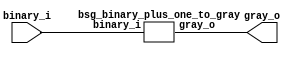


module top
(
  binary_i,
  gray_o
);

  input [63:0] binary_i;
  output [63:0] gray_o;

  bsg_binary_plus_one_to_gray
  wrapper
  (
    .binary_i(binary_i),
    .gray_o(gray_o)
  );


endmodule



module bsg_scan_width_p64_and_p1_lo_to_hi_p1
(
  i,
  o
);

  input [63:0] i;
  output [63:0] o;
  wire [63:0] o;
  wire t_5__63_,t_5__62_,t_5__61_,t_5__60_,t_5__59_,t_5__58_,t_5__57_,t_5__56_,
  t_5__55_,t_5__54_,t_5__53_,t_5__52_,t_5__51_,t_5__50_,t_5__49_,t_5__48_,t_5__47_,
  t_5__46_,t_5__45_,t_5__44_,t_5__43_,t_5__42_,t_5__41_,t_5__40_,t_5__39_,t_5__38_,
  t_5__37_,t_5__36_,t_5__35_,t_5__34_,t_5__33_,t_5__32_,t_5__31_,t_5__30_,t_5__29_,
  t_5__28_,t_5__27_,t_5__26_,t_5__25_,t_5__24_,t_5__23_,t_5__22_,t_5__21_,t_5__20_,
  t_5__19_,t_5__18_,t_5__17_,t_5__16_,t_5__15_,t_5__14_,t_5__13_,t_5__12_,t_5__11_,
  t_5__10_,t_5__9_,t_5__8_,t_5__7_,t_5__6_,t_5__5_,t_5__4_,t_5__3_,t_5__2_,t_5__1_,
  t_5__0_,t_4__63_,t_4__62_,t_4__61_,t_4__60_,t_4__59_,t_4__58_,t_4__57_,t_4__56_,
  t_4__55_,t_4__54_,t_4__53_,t_4__52_,t_4__51_,t_4__50_,t_4__49_,t_4__48_,t_4__47_,
  t_4__46_,t_4__45_,t_4__44_,t_4__43_,t_4__42_,t_4__41_,t_4__40_,t_4__39_,t_4__38_,
  t_4__37_,t_4__36_,t_4__35_,t_4__34_,t_4__33_,t_4__32_,t_4__31_,t_4__30_,
  t_4__29_,t_4__28_,t_4__27_,t_4__26_,t_4__25_,t_4__24_,t_4__23_,t_4__22_,t_4__21_,
  t_4__20_,t_4__19_,t_4__18_,t_4__17_,t_4__16_,t_4__15_,t_4__14_,t_4__13_,t_4__12_,
  t_4__11_,t_4__10_,t_4__9_,t_4__8_,t_4__7_,t_4__6_,t_4__5_,t_4__4_,t_4__3_,t_4__2_,
  t_4__1_,t_4__0_,t_3__63_,t_3__62_,t_3__61_,t_3__60_,t_3__59_,t_3__58_,t_3__57_,
  t_3__56_,t_3__55_,t_3__54_,t_3__53_,t_3__52_,t_3__51_,t_3__50_,t_3__49_,t_3__48_,
  t_3__47_,t_3__46_,t_3__45_,t_3__44_,t_3__43_,t_3__42_,t_3__41_,t_3__40_,t_3__39_,
  t_3__38_,t_3__37_,t_3__36_,t_3__35_,t_3__34_,t_3__33_,t_3__32_,t_3__31_,t_3__30_,
  t_3__29_,t_3__28_,t_3__27_,t_3__26_,t_3__25_,t_3__24_,t_3__23_,t_3__22_,t_3__21_,
  t_3__20_,t_3__19_,t_3__18_,t_3__17_,t_3__16_,t_3__15_,t_3__14_,t_3__13_,t_3__12_,
  t_3__11_,t_3__10_,t_3__9_,t_3__8_,t_3__7_,t_3__6_,t_3__5_,t_3__4_,t_3__3_,
  t_3__2_,t_3__1_,t_3__0_,t_2__63_,t_2__62_,t_2__61_,t_2__60_,t_2__59_,t_2__58_,
  t_2__57_,t_2__56_,t_2__55_,t_2__54_,t_2__53_,t_2__52_,t_2__51_,t_2__50_,t_2__49_,
  t_2__48_,t_2__47_,t_2__46_,t_2__45_,t_2__44_,t_2__43_,t_2__42_,t_2__41_,t_2__40_,
  t_2__39_,t_2__38_,t_2__37_,t_2__36_,t_2__35_,t_2__34_,t_2__33_,t_2__32_,t_2__31_,
  t_2__30_,t_2__29_,t_2__28_,t_2__27_,t_2__26_,t_2__25_,t_2__24_,t_2__23_,t_2__22_,
  t_2__21_,t_2__20_,t_2__19_,t_2__18_,t_2__17_,t_2__16_,t_2__15_,t_2__14_,t_2__13_,
  t_2__12_,t_2__11_,t_2__10_,t_2__9_,t_2__8_,t_2__7_,t_2__6_,t_2__5_,t_2__4_,t_2__3_,
  t_2__2_,t_2__1_,t_2__0_,t_1__63_,t_1__62_,t_1__61_,t_1__60_,t_1__59_,t_1__58_,
  t_1__57_,t_1__56_,t_1__55_,t_1__54_,t_1__53_,t_1__52_,t_1__51_,t_1__50_,t_1__49_,
  t_1__48_,t_1__47_,t_1__46_,t_1__45_,t_1__44_,t_1__43_,t_1__42_,t_1__41_,t_1__40_,
  t_1__39_,t_1__38_,t_1__37_,t_1__36_,t_1__35_,t_1__34_,t_1__33_,t_1__32_,
  t_1__31_,t_1__30_,t_1__29_,t_1__28_,t_1__27_,t_1__26_,t_1__25_,t_1__24_,t_1__23_,
  t_1__22_,t_1__21_,t_1__20_,t_1__19_,t_1__18_,t_1__17_,t_1__16_,t_1__15_,t_1__14_,
  t_1__13_,t_1__12_,t_1__11_,t_1__10_,t_1__9_,t_1__8_,t_1__7_,t_1__6_,t_1__5_,t_1__4_,
  t_1__3_,t_1__2_,t_1__1_,t_1__0_;
  assign t_1__63_ = i[0] & 1'b1;
  assign t_1__62_ = i[1] & i[0];
  assign t_1__61_ = i[2] & i[1];
  assign t_1__60_ = i[3] & i[2];
  assign t_1__59_ = i[4] & i[3];
  assign t_1__58_ = i[5] & i[4];
  assign t_1__57_ = i[6] & i[5];
  assign t_1__56_ = i[7] & i[6];
  assign t_1__55_ = i[8] & i[7];
  assign t_1__54_ = i[9] & i[8];
  assign t_1__53_ = i[10] & i[9];
  assign t_1__52_ = i[11] & i[10];
  assign t_1__51_ = i[12] & i[11];
  assign t_1__50_ = i[13] & i[12];
  assign t_1__49_ = i[14] & i[13];
  assign t_1__48_ = i[15] & i[14];
  assign t_1__47_ = i[16] & i[15];
  assign t_1__46_ = i[17] & i[16];
  assign t_1__45_ = i[18] & i[17];
  assign t_1__44_ = i[19] & i[18];
  assign t_1__43_ = i[20] & i[19];
  assign t_1__42_ = i[21] & i[20];
  assign t_1__41_ = i[22] & i[21];
  assign t_1__40_ = i[23] & i[22];
  assign t_1__39_ = i[24] & i[23];
  assign t_1__38_ = i[25] & i[24];
  assign t_1__37_ = i[26] & i[25];
  assign t_1__36_ = i[27] & i[26];
  assign t_1__35_ = i[28] & i[27];
  assign t_1__34_ = i[29] & i[28];
  assign t_1__33_ = i[30] & i[29];
  assign t_1__32_ = i[31] & i[30];
  assign t_1__31_ = i[32] & i[31];
  assign t_1__30_ = i[33] & i[32];
  assign t_1__29_ = i[34] & i[33];
  assign t_1__28_ = i[35] & i[34];
  assign t_1__27_ = i[36] & i[35];
  assign t_1__26_ = i[37] & i[36];
  assign t_1__25_ = i[38] & i[37];
  assign t_1__24_ = i[39] & i[38];
  assign t_1__23_ = i[40] & i[39];
  assign t_1__22_ = i[41] & i[40];
  assign t_1__21_ = i[42] & i[41];
  assign t_1__20_ = i[43] & i[42];
  assign t_1__19_ = i[44] & i[43];
  assign t_1__18_ = i[45] & i[44];
  assign t_1__17_ = i[46] & i[45];
  assign t_1__16_ = i[47] & i[46];
  assign t_1__15_ = i[48] & i[47];
  assign t_1__14_ = i[49] & i[48];
  assign t_1__13_ = i[50] & i[49];
  assign t_1__12_ = i[51] & i[50];
  assign t_1__11_ = i[52] & i[51];
  assign t_1__10_ = i[53] & i[52];
  assign t_1__9_ = i[54] & i[53];
  assign t_1__8_ = i[55] & i[54];
  assign t_1__7_ = i[56] & i[55];
  assign t_1__6_ = i[57] & i[56];
  assign t_1__5_ = i[58] & i[57];
  assign t_1__4_ = i[59] & i[58];
  assign t_1__3_ = i[60] & i[59];
  assign t_1__2_ = i[61] & i[60];
  assign t_1__1_ = i[62] & i[61];
  assign t_1__0_ = i[63] & i[62];
  assign t_2__63_ = t_1__63_ & 1'b1;
  assign t_2__62_ = t_1__62_ & 1'b1;
  assign t_2__61_ = t_1__61_ & t_1__63_;
  assign t_2__60_ = t_1__60_ & t_1__62_;
  assign t_2__59_ = t_1__59_ & t_1__61_;
  assign t_2__58_ = t_1__58_ & t_1__60_;
  assign t_2__57_ = t_1__57_ & t_1__59_;
  assign t_2__56_ = t_1__56_ & t_1__58_;
  assign t_2__55_ = t_1__55_ & t_1__57_;
  assign t_2__54_ = t_1__54_ & t_1__56_;
  assign t_2__53_ = t_1__53_ & t_1__55_;
  assign t_2__52_ = t_1__52_ & t_1__54_;
  assign t_2__51_ = t_1__51_ & t_1__53_;
  assign t_2__50_ = t_1__50_ & t_1__52_;
  assign t_2__49_ = t_1__49_ & t_1__51_;
  assign t_2__48_ = t_1__48_ & t_1__50_;
  assign t_2__47_ = t_1__47_ & t_1__49_;
  assign t_2__46_ = t_1__46_ & t_1__48_;
  assign t_2__45_ = t_1__45_ & t_1__47_;
  assign t_2__44_ = t_1__44_ & t_1__46_;
  assign t_2__43_ = t_1__43_ & t_1__45_;
  assign t_2__42_ = t_1__42_ & t_1__44_;
  assign t_2__41_ = t_1__41_ & t_1__43_;
  assign t_2__40_ = t_1__40_ & t_1__42_;
  assign t_2__39_ = t_1__39_ & t_1__41_;
  assign t_2__38_ = t_1__38_ & t_1__40_;
  assign t_2__37_ = t_1__37_ & t_1__39_;
  assign t_2__36_ = t_1__36_ & t_1__38_;
  assign t_2__35_ = t_1__35_ & t_1__37_;
  assign t_2__34_ = t_1__34_ & t_1__36_;
  assign t_2__33_ = t_1__33_ & t_1__35_;
  assign t_2__32_ = t_1__32_ & t_1__34_;
  assign t_2__31_ = t_1__31_ & t_1__33_;
  assign t_2__30_ = t_1__30_ & t_1__32_;
  assign t_2__29_ = t_1__29_ & t_1__31_;
  assign t_2__28_ = t_1__28_ & t_1__30_;
  assign t_2__27_ = t_1__27_ & t_1__29_;
  assign t_2__26_ = t_1__26_ & t_1__28_;
  assign t_2__25_ = t_1__25_ & t_1__27_;
  assign t_2__24_ = t_1__24_ & t_1__26_;
  assign t_2__23_ = t_1__23_ & t_1__25_;
  assign t_2__22_ = t_1__22_ & t_1__24_;
  assign t_2__21_ = t_1__21_ & t_1__23_;
  assign t_2__20_ = t_1__20_ & t_1__22_;
  assign t_2__19_ = t_1__19_ & t_1__21_;
  assign t_2__18_ = t_1__18_ & t_1__20_;
  assign t_2__17_ = t_1__17_ & t_1__19_;
  assign t_2__16_ = t_1__16_ & t_1__18_;
  assign t_2__15_ = t_1__15_ & t_1__17_;
  assign t_2__14_ = t_1__14_ & t_1__16_;
  assign t_2__13_ = t_1__13_ & t_1__15_;
  assign t_2__12_ = t_1__12_ & t_1__14_;
  assign t_2__11_ = t_1__11_ & t_1__13_;
  assign t_2__10_ = t_1__10_ & t_1__12_;
  assign t_2__9_ = t_1__9_ & t_1__11_;
  assign t_2__8_ = t_1__8_ & t_1__10_;
  assign t_2__7_ = t_1__7_ & t_1__9_;
  assign t_2__6_ = t_1__6_ & t_1__8_;
  assign t_2__5_ = t_1__5_ & t_1__7_;
  assign t_2__4_ = t_1__4_ & t_1__6_;
  assign t_2__3_ = t_1__3_ & t_1__5_;
  assign t_2__2_ = t_1__2_ & t_1__4_;
  assign t_2__1_ = t_1__1_ & t_1__3_;
  assign t_2__0_ = t_1__0_ & t_1__2_;
  assign t_3__63_ = t_2__63_ & 1'b1;
  assign t_3__62_ = t_2__62_ & 1'b1;
  assign t_3__61_ = t_2__61_ & 1'b1;
  assign t_3__60_ = t_2__60_ & 1'b1;
  assign t_3__59_ = t_2__59_ & t_2__63_;
  assign t_3__58_ = t_2__58_ & t_2__62_;
  assign t_3__57_ = t_2__57_ & t_2__61_;
  assign t_3__56_ = t_2__56_ & t_2__60_;
  assign t_3__55_ = t_2__55_ & t_2__59_;
  assign t_3__54_ = t_2__54_ & t_2__58_;
  assign t_3__53_ = t_2__53_ & t_2__57_;
  assign t_3__52_ = t_2__52_ & t_2__56_;
  assign t_3__51_ = t_2__51_ & t_2__55_;
  assign t_3__50_ = t_2__50_ & t_2__54_;
  assign t_3__49_ = t_2__49_ & t_2__53_;
  assign t_3__48_ = t_2__48_ & t_2__52_;
  assign t_3__47_ = t_2__47_ & t_2__51_;
  assign t_3__46_ = t_2__46_ & t_2__50_;
  assign t_3__45_ = t_2__45_ & t_2__49_;
  assign t_3__44_ = t_2__44_ & t_2__48_;
  assign t_3__43_ = t_2__43_ & t_2__47_;
  assign t_3__42_ = t_2__42_ & t_2__46_;
  assign t_3__41_ = t_2__41_ & t_2__45_;
  assign t_3__40_ = t_2__40_ & t_2__44_;
  assign t_3__39_ = t_2__39_ & t_2__43_;
  assign t_3__38_ = t_2__38_ & t_2__42_;
  assign t_3__37_ = t_2__37_ & t_2__41_;
  assign t_3__36_ = t_2__36_ & t_2__40_;
  assign t_3__35_ = t_2__35_ & t_2__39_;
  assign t_3__34_ = t_2__34_ & t_2__38_;
  assign t_3__33_ = t_2__33_ & t_2__37_;
  assign t_3__32_ = t_2__32_ & t_2__36_;
  assign t_3__31_ = t_2__31_ & t_2__35_;
  assign t_3__30_ = t_2__30_ & t_2__34_;
  assign t_3__29_ = t_2__29_ & t_2__33_;
  assign t_3__28_ = t_2__28_ & t_2__32_;
  assign t_3__27_ = t_2__27_ & t_2__31_;
  assign t_3__26_ = t_2__26_ & t_2__30_;
  assign t_3__25_ = t_2__25_ & t_2__29_;
  assign t_3__24_ = t_2__24_ & t_2__28_;
  assign t_3__23_ = t_2__23_ & t_2__27_;
  assign t_3__22_ = t_2__22_ & t_2__26_;
  assign t_3__21_ = t_2__21_ & t_2__25_;
  assign t_3__20_ = t_2__20_ & t_2__24_;
  assign t_3__19_ = t_2__19_ & t_2__23_;
  assign t_3__18_ = t_2__18_ & t_2__22_;
  assign t_3__17_ = t_2__17_ & t_2__21_;
  assign t_3__16_ = t_2__16_ & t_2__20_;
  assign t_3__15_ = t_2__15_ & t_2__19_;
  assign t_3__14_ = t_2__14_ & t_2__18_;
  assign t_3__13_ = t_2__13_ & t_2__17_;
  assign t_3__12_ = t_2__12_ & t_2__16_;
  assign t_3__11_ = t_2__11_ & t_2__15_;
  assign t_3__10_ = t_2__10_ & t_2__14_;
  assign t_3__9_ = t_2__9_ & t_2__13_;
  assign t_3__8_ = t_2__8_ & t_2__12_;
  assign t_3__7_ = t_2__7_ & t_2__11_;
  assign t_3__6_ = t_2__6_ & t_2__10_;
  assign t_3__5_ = t_2__5_ & t_2__9_;
  assign t_3__4_ = t_2__4_ & t_2__8_;
  assign t_3__3_ = t_2__3_ & t_2__7_;
  assign t_3__2_ = t_2__2_ & t_2__6_;
  assign t_3__1_ = t_2__1_ & t_2__5_;
  assign t_3__0_ = t_2__0_ & t_2__4_;
  assign t_4__63_ = t_3__63_ & 1'b1;
  assign t_4__62_ = t_3__62_ & 1'b1;
  assign t_4__61_ = t_3__61_ & 1'b1;
  assign t_4__60_ = t_3__60_ & 1'b1;
  assign t_4__59_ = t_3__59_ & 1'b1;
  assign t_4__58_ = t_3__58_ & 1'b1;
  assign t_4__57_ = t_3__57_ & 1'b1;
  assign t_4__56_ = t_3__56_ & 1'b1;
  assign t_4__55_ = t_3__55_ & t_3__63_;
  assign t_4__54_ = t_3__54_ & t_3__62_;
  assign t_4__53_ = t_3__53_ & t_3__61_;
  assign t_4__52_ = t_3__52_ & t_3__60_;
  assign t_4__51_ = t_3__51_ & t_3__59_;
  assign t_4__50_ = t_3__50_ & t_3__58_;
  assign t_4__49_ = t_3__49_ & t_3__57_;
  assign t_4__48_ = t_3__48_ & t_3__56_;
  assign t_4__47_ = t_3__47_ & t_3__55_;
  assign t_4__46_ = t_3__46_ & t_3__54_;
  assign t_4__45_ = t_3__45_ & t_3__53_;
  assign t_4__44_ = t_3__44_ & t_3__52_;
  assign t_4__43_ = t_3__43_ & t_3__51_;
  assign t_4__42_ = t_3__42_ & t_3__50_;
  assign t_4__41_ = t_3__41_ & t_3__49_;
  assign t_4__40_ = t_3__40_ & t_3__48_;
  assign t_4__39_ = t_3__39_ & t_3__47_;
  assign t_4__38_ = t_3__38_ & t_3__46_;
  assign t_4__37_ = t_3__37_ & t_3__45_;
  assign t_4__36_ = t_3__36_ & t_3__44_;
  assign t_4__35_ = t_3__35_ & t_3__43_;
  assign t_4__34_ = t_3__34_ & t_3__42_;
  assign t_4__33_ = t_3__33_ & t_3__41_;
  assign t_4__32_ = t_3__32_ & t_3__40_;
  assign t_4__31_ = t_3__31_ & t_3__39_;
  assign t_4__30_ = t_3__30_ & t_3__38_;
  assign t_4__29_ = t_3__29_ & t_3__37_;
  assign t_4__28_ = t_3__28_ & t_3__36_;
  assign t_4__27_ = t_3__27_ & t_3__35_;
  assign t_4__26_ = t_3__26_ & t_3__34_;
  assign t_4__25_ = t_3__25_ & t_3__33_;
  assign t_4__24_ = t_3__24_ & t_3__32_;
  assign t_4__23_ = t_3__23_ & t_3__31_;
  assign t_4__22_ = t_3__22_ & t_3__30_;
  assign t_4__21_ = t_3__21_ & t_3__29_;
  assign t_4__20_ = t_3__20_ & t_3__28_;
  assign t_4__19_ = t_3__19_ & t_3__27_;
  assign t_4__18_ = t_3__18_ & t_3__26_;
  assign t_4__17_ = t_3__17_ & t_3__25_;
  assign t_4__16_ = t_3__16_ & t_3__24_;
  assign t_4__15_ = t_3__15_ & t_3__23_;
  assign t_4__14_ = t_3__14_ & t_3__22_;
  assign t_4__13_ = t_3__13_ & t_3__21_;
  assign t_4__12_ = t_3__12_ & t_3__20_;
  assign t_4__11_ = t_3__11_ & t_3__19_;
  assign t_4__10_ = t_3__10_ & t_3__18_;
  assign t_4__9_ = t_3__9_ & t_3__17_;
  assign t_4__8_ = t_3__8_ & t_3__16_;
  assign t_4__7_ = t_3__7_ & t_3__15_;
  assign t_4__6_ = t_3__6_ & t_3__14_;
  assign t_4__5_ = t_3__5_ & t_3__13_;
  assign t_4__4_ = t_3__4_ & t_3__12_;
  assign t_4__3_ = t_3__3_ & t_3__11_;
  assign t_4__2_ = t_3__2_ & t_3__10_;
  assign t_4__1_ = t_3__1_ & t_3__9_;
  assign t_4__0_ = t_3__0_ & t_3__8_;
  assign t_5__63_ = t_4__63_ & 1'b1;
  assign t_5__62_ = t_4__62_ & 1'b1;
  assign t_5__61_ = t_4__61_ & 1'b1;
  assign t_5__60_ = t_4__60_ & 1'b1;
  assign t_5__59_ = t_4__59_ & 1'b1;
  assign t_5__58_ = t_4__58_ & 1'b1;
  assign t_5__57_ = t_4__57_ & 1'b1;
  assign t_5__56_ = t_4__56_ & 1'b1;
  assign t_5__55_ = t_4__55_ & 1'b1;
  assign t_5__54_ = t_4__54_ & 1'b1;
  assign t_5__53_ = t_4__53_ & 1'b1;
  assign t_5__52_ = t_4__52_ & 1'b1;
  assign t_5__51_ = t_4__51_ & 1'b1;
  assign t_5__50_ = t_4__50_ & 1'b1;
  assign t_5__49_ = t_4__49_ & 1'b1;
  assign t_5__48_ = t_4__48_ & 1'b1;
  assign t_5__47_ = t_4__47_ & t_4__63_;
  assign t_5__46_ = t_4__46_ & t_4__62_;
  assign t_5__45_ = t_4__45_ & t_4__61_;
  assign t_5__44_ = t_4__44_ & t_4__60_;
  assign t_5__43_ = t_4__43_ & t_4__59_;
  assign t_5__42_ = t_4__42_ & t_4__58_;
  assign t_5__41_ = t_4__41_ & t_4__57_;
  assign t_5__40_ = t_4__40_ & t_4__56_;
  assign t_5__39_ = t_4__39_ & t_4__55_;
  assign t_5__38_ = t_4__38_ & t_4__54_;
  assign t_5__37_ = t_4__37_ & t_4__53_;
  assign t_5__36_ = t_4__36_ & t_4__52_;
  assign t_5__35_ = t_4__35_ & t_4__51_;
  assign t_5__34_ = t_4__34_ & t_4__50_;
  assign t_5__33_ = t_4__33_ & t_4__49_;
  assign t_5__32_ = t_4__32_ & t_4__48_;
  assign t_5__31_ = t_4__31_ & t_4__47_;
  assign t_5__30_ = t_4__30_ & t_4__46_;
  assign t_5__29_ = t_4__29_ & t_4__45_;
  assign t_5__28_ = t_4__28_ & t_4__44_;
  assign t_5__27_ = t_4__27_ & t_4__43_;
  assign t_5__26_ = t_4__26_ & t_4__42_;
  assign t_5__25_ = t_4__25_ & t_4__41_;
  assign t_5__24_ = t_4__24_ & t_4__40_;
  assign t_5__23_ = t_4__23_ & t_4__39_;
  assign t_5__22_ = t_4__22_ & t_4__38_;
  assign t_5__21_ = t_4__21_ & t_4__37_;
  assign t_5__20_ = t_4__20_ & t_4__36_;
  assign t_5__19_ = t_4__19_ & t_4__35_;
  assign t_5__18_ = t_4__18_ & t_4__34_;
  assign t_5__17_ = t_4__17_ & t_4__33_;
  assign t_5__16_ = t_4__16_ & t_4__32_;
  assign t_5__15_ = t_4__15_ & t_4__31_;
  assign t_5__14_ = t_4__14_ & t_4__30_;
  assign t_5__13_ = t_4__13_ & t_4__29_;
  assign t_5__12_ = t_4__12_ & t_4__28_;
  assign t_5__11_ = t_4__11_ & t_4__27_;
  assign t_5__10_ = t_4__10_ & t_4__26_;
  assign t_5__9_ = t_4__9_ & t_4__25_;
  assign t_5__8_ = t_4__8_ & t_4__24_;
  assign t_5__7_ = t_4__7_ & t_4__23_;
  assign t_5__6_ = t_4__6_ & t_4__22_;
  assign t_5__5_ = t_4__5_ & t_4__21_;
  assign t_5__4_ = t_4__4_ & t_4__20_;
  assign t_5__3_ = t_4__3_ & t_4__19_;
  assign t_5__2_ = t_4__2_ & t_4__18_;
  assign t_5__1_ = t_4__1_ & t_4__17_;
  assign t_5__0_ = t_4__0_ & t_4__16_;
  assign o[0] = t_5__63_ & 1'b1;
  assign o[1] = t_5__62_ & 1'b1;
  assign o[2] = t_5__61_ & 1'b1;
  assign o[3] = t_5__60_ & 1'b1;
  assign o[4] = t_5__59_ & 1'b1;
  assign o[5] = t_5__58_ & 1'b1;
  assign o[6] = t_5__57_ & 1'b1;
  assign o[7] = t_5__56_ & 1'b1;
  assign o[8] = t_5__55_ & 1'b1;
  assign o[9] = t_5__54_ & 1'b1;
  assign o[10] = t_5__53_ & 1'b1;
  assign o[11] = t_5__52_ & 1'b1;
  assign o[12] = t_5__51_ & 1'b1;
  assign o[13] = t_5__50_ & 1'b1;
  assign o[14] = t_5__49_ & 1'b1;
  assign o[15] = t_5__48_ & 1'b1;
  assign o[16] = t_5__47_ & 1'b1;
  assign o[17] = t_5__46_ & 1'b1;
  assign o[18] = t_5__45_ & 1'b1;
  assign o[19] = t_5__44_ & 1'b1;
  assign o[20] = t_5__43_ & 1'b1;
  assign o[21] = t_5__42_ & 1'b1;
  assign o[22] = t_5__41_ & 1'b1;
  assign o[23] = t_5__40_ & 1'b1;
  assign o[24] = t_5__39_ & 1'b1;
  assign o[25] = t_5__38_ & 1'b1;
  assign o[26] = t_5__37_ & 1'b1;
  assign o[27] = t_5__36_ & 1'b1;
  assign o[28] = t_5__35_ & 1'b1;
  assign o[29] = t_5__34_ & 1'b1;
  assign o[30] = t_5__33_ & 1'b1;
  assign o[31] = t_5__32_ & 1'b1;
  assign o[32] = t_5__31_ & t_5__63_;
  assign o[33] = t_5__30_ & t_5__62_;
  assign o[34] = t_5__29_ & t_5__61_;
  assign o[35] = t_5__28_ & t_5__60_;
  assign o[36] = t_5__27_ & t_5__59_;
  assign o[37] = t_5__26_ & t_5__58_;
  assign o[38] = t_5__25_ & t_5__57_;
  assign o[39] = t_5__24_ & t_5__56_;
  assign o[40] = t_5__23_ & t_5__55_;
  assign o[41] = t_5__22_ & t_5__54_;
  assign o[42] = t_5__21_ & t_5__53_;
  assign o[43] = t_5__20_ & t_5__52_;
  assign o[44] = t_5__19_ & t_5__51_;
  assign o[45] = t_5__18_ & t_5__50_;
  assign o[46] = t_5__17_ & t_5__49_;
  assign o[47] = t_5__16_ & t_5__48_;
  assign o[48] = t_5__15_ & t_5__47_;
  assign o[49] = t_5__14_ & t_5__46_;
  assign o[50] = t_5__13_ & t_5__45_;
  assign o[51] = t_5__12_ & t_5__44_;
  assign o[52] = t_5__11_ & t_5__43_;
  assign o[53] = t_5__10_ & t_5__42_;
  assign o[54] = t_5__9_ & t_5__41_;
  assign o[55] = t_5__8_ & t_5__40_;
  assign o[56] = t_5__7_ & t_5__39_;
  assign o[57] = t_5__6_ & t_5__38_;
  assign o[58] = t_5__5_ & t_5__37_;
  assign o[59] = t_5__4_ & t_5__36_;
  assign o[60] = t_5__3_ & t_5__35_;
  assign o[61] = t_5__2_ & t_5__34_;
  assign o[62] = t_5__1_ & t_5__33_;
  assign o[63] = t_5__0_ & t_5__32_;

endmodule



module bsg_binary_plus_one_to_gray
(
  binary_i,
  gray_o
);

  input [63:0] binary_i;
  output [63:0] gray_o;
  wire [63:0] gray_o,binary_scan,edge_detect;
  wire N0,N1,N2,N3,N4,N5,N6,N7,N8,N9,N10,N11,N12,N13,N14,N15,N16,N17,N18,N19,N20,N21,
  N22,N23,N24,N25,N26,N27,N28,N29,N30,N31,N32,N33,N34,N35,N36,N37,N38,N39,N40,N41,
  N42,N43,N44,N45,N46,N47,N48,N49,N50,N51,N52,N53,N54,N55,N56,N57,N58,N59,N60,N61,
  N62,N63,N64,N65,N66,N67,N68,N69,N70,N71,N72,N73,N74,N75,N76,N77,N78,N79,N80,N81,
  N82,N83,N84,N85,N86,N87,N88,N89,N90,N91,N92,N93,N94,N95,N96,N97,N98,N99,N100,N101,
  N102,N103,N104,N105,N106,N107,N108,N109,N110,N111,N112,N113,N114,N115,N116,N117,
  N118,N119,N120,N121,N122,N123,N124,N125,N126;

  bsg_scan_width_p64_and_p1_lo_to_hi_p1
  scan_and
  (
    .i(binary_i),
    .o(binary_scan)
  );

  assign edge_detect[63] = N0 & binary_scan[62];
  assign N0 = ~1'b0;
  assign edge_detect[62] = N1 & binary_scan[61];
  assign N1 = ~binary_scan[62];
  assign edge_detect[61] = N2 & binary_scan[60];
  assign N2 = ~binary_scan[61];
  assign edge_detect[60] = N3 & binary_scan[59];
  assign N3 = ~binary_scan[60];
  assign edge_detect[59] = N4 & binary_scan[58];
  assign N4 = ~binary_scan[59];
  assign edge_detect[58] = N5 & binary_scan[57];
  assign N5 = ~binary_scan[58];
  assign edge_detect[57] = N6 & binary_scan[56];
  assign N6 = ~binary_scan[57];
  assign edge_detect[56] = N7 & binary_scan[55];
  assign N7 = ~binary_scan[56];
  assign edge_detect[55] = N8 & binary_scan[54];
  assign N8 = ~binary_scan[55];
  assign edge_detect[54] = N9 & binary_scan[53];
  assign N9 = ~binary_scan[54];
  assign edge_detect[53] = N10 & binary_scan[52];
  assign N10 = ~binary_scan[53];
  assign edge_detect[52] = N11 & binary_scan[51];
  assign N11 = ~binary_scan[52];
  assign edge_detect[51] = N12 & binary_scan[50];
  assign N12 = ~binary_scan[51];
  assign edge_detect[50] = N13 & binary_scan[49];
  assign N13 = ~binary_scan[50];
  assign edge_detect[49] = N14 & binary_scan[48];
  assign N14 = ~binary_scan[49];
  assign edge_detect[48] = N15 & binary_scan[47];
  assign N15 = ~binary_scan[48];
  assign edge_detect[47] = N16 & binary_scan[46];
  assign N16 = ~binary_scan[47];
  assign edge_detect[46] = N17 & binary_scan[45];
  assign N17 = ~binary_scan[46];
  assign edge_detect[45] = N18 & binary_scan[44];
  assign N18 = ~binary_scan[45];
  assign edge_detect[44] = N19 & binary_scan[43];
  assign N19 = ~binary_scan[44];
  assign edge_detect[43] = N20 & binary_scan[42];
  assign N20 = ~binary_scan[43];
  assign edge_detect[42] = N21 & binary_scan[41];
  assign N21 = ~binary_scan[42];
  assign edge_detect[41] = N22 & binary_scan[40];
  assign N22 = ~binary_scan[41];
  assign edge_detect[40] = N23 & binary_scan[39];
  assign N23 = ~binary_scan[40];
  assign edge_detect[39] = N24 & binary_scan[38];
  assign N24 = ~binary_scan[39];
  assign edge_detect[38] = N25 & binary_scan[37];
  assign N25 = ~binary_scan[38];
  assign edge_detect[37] = N26 & binary_scan[36];
  assign N26 = ~binary_scan[37];
  assign edge_detect[36] = N27 & binary_scan[35];
  assign N27 = ~binary_scan[36];
  assign edge_detect[35] = N28 & binary_scan[34];
  assign N28 = ~binary_scan[35];
  assign edge_detect[34] = N29 & binary_scan[33];
  assign N29 = ~binary_scan[34];
  assign edge_detect[33] = N30 & binary_scan[32];
  assign N30 = ~binary_scan[33];
  assign edge_detect[32] = N31 & binary_scan[31];
  assign N31 = ~binary_scan[32];
  assign edge_detect[31] = N32 & binary_scan[30];
  assign N32 = ~binary_scan[31];
  assign edge_detect[30] = N33 & binary_scan[29];
  assign N33 = ~binary_scan[30];
  assign edge_detect[29] = N34 & binary_scan[28];
  assign N34 = ~binary_scan[29];
  assign edge_detect[28] = N35 & binary_scan[27];
  assign N35 = ~binary_scan[28];
  assign edge_detect[27] = N36 & binary_scan[26];
  assign N36 = ~binary_scan[27];
  assign edge_detect[26] = N37 & binary_scan[25];
  assign N37 = ~binary_scan[26];
  assign edge_detect[25] = N38 & binary_scan[24];
  assign N38 = ~binary_scan[25];
  assign edge_detect[24] = N39 & binary_scan[23];
  assign N39 = ~binary_scan[24];
  assign edge_detect[23] = N40 & binary_scan[22];
  assign N40 = ~binary_scan[23];
  assign edge_detect[22] = N41 & binary_scan[21];
  assign N41 = ~binary_scan[22];
  assign edge_detect[21] = N42 & binary_scan[20];
  assign N42 = ~binary_scan[21];
  assign edge_detect[20] = N43 & binary_scan[19];
  assign N43 = ~binary_scan[20];
  assign edge_detect[19] = N44 & binary_scan[18];
  assign N44 = ~binary_scan[19];
  assign edge_detect[18] = N45 & binary_scan[17];
  assign N45 = ~binary_scan[18];
  assign edge_detect[17] = N46 & binary_scan[16];
  assign N46 = ~binary_scan[17];
  assign edge_detect[16] = N47 & binary_scan[15];
  assign N47 = ~binary_scan[16];
  assign edge_detect[15] = N48 & binary_scan[14];
  assign N48 = ~binary_scan[15];
  assign edge_detect[14] = N49 & binary_scan[13];
  assign N49 = ~binary_scan[14];
  assign edge_detect[13] = N50 & binary_scan[12];
  assign N50 = ~binary_scan[13];
  assign edge_detect[12] = N51 & binary_scan[11];
  assign N51 = ~binary_scan[12];
  assign edge_detect[11] = N52 & binary_scan[10];
  assign N52 = ~binary_scan[11];
  assign edge_detect[10] = N53 & binary_scan[9];
  assign N53 = ~binary_scan[10];
  assign edge_detect[9] = N54 & binary_scan[8];
  assign N54 = ~binary_scan[9];
  assign edge_detect[8] = N55 & binary_scan[7];
  assign N55 = ~binary_scan[8];
  assign edge_detect[7] = N56 & binary_scan[6];
  assign N56 = ~binary_scan[7];
  assign edge_detect[6] = N57 & binary_scan[5];
  assign N57 = ~binary_scan[6];
  assign edge_detect[5] = N58 & binary_scan[4];
  assign N58 = ~binary_scan[5];
  assign edge_detect[4] = N59 & binary_scan[3];
  assign N59 = ~binary_scan[4];
  assign edge_detect[3] = N60 & binary_scan[2];
  assign N60 = ~binary_scan[3];
  assign edge_detect[2] = N61 & binary_scan[1];
  assign N61 = ~binary_scan[2];
  assign edge_detect[1] = N62 & binary_scan[0];
  assign N62 = ~binary_scan[1];
  assign edge_detect[0] = N63 & 1'b1;
  assign N63 = ~binary_scan[0];
  assign gray_o[63] = binary_i[63] ^ edge_detect[63];
  assign gray_o[62] = N64 ^ edge_detect[62];
  assign N64 = binary_i[63] ^ binary_i[62];
  assign gray_o[61] = N65 ^ edge_detect[61];
  assign N65 = binary_i[62] ^ binary_i[61];
  assign gray_o[60] = N66 ^ edge_detect[60];
  assign N66 = binary_i[61] ^ binary_i[60];
  assign gray_o[59] = N67 ^ edge_detect[59];
  assign N67 = binary_i[60] ^ binary_i[59];
  assign gray_o[58] = N68 ^ edge_detect[58];
  assign N68 = binary_i[59] ^ binary_i[58];
  assign gray_o[57] = N69 ^ edge_detect[57];
  assign N69 = binary_i[58] ^ binary_i[57];
  assign gray_o[56] = N70 ^ edge_detect[56];
  assign N70 = binary_i[57] ^ binary_i[56];
  assign gray_o[55] = N71 ^ edge_detect[55];
  assign N71 = binary_i[56] ^ binary_i[55];
  assign gray_o[54] = N72 ^ edge_detect[54];
  assign N72 = binary_i[55] ^ binary_i[54];
  assign gray_o[53] = N73 ^ edge_detect[53];
  assign N73 = binary_i[54] ^ binary_i[53];
  assign gray_o[52] = N74 ^ edge_detect[52];
  assign N74 = binary_i[53] ^ binary_i[52];
  assign gray_o[51] = N75 ^ edge_detect[51];
  assign N75 = binary_i[52] ^ binary_i[51];
  assign gray_o[50] = N76 ^ edge_detect[50];
  assign N76 = binary_i[51] ^ binary_i[50];
  assign gray_o[49] = N77 ^ edge_detect[49];
  assign N77 = binary_i[50] ^ binary_i[49];
  assign gray_o[48] = N78 ^ edge_detect[48];
  assign N78 = binary_i[49] ^ binary_i[48];
  assign gray_o[47] = N79 ^ edge_detect[47];
  assign N79 = binary_i[48] ^ binary_i[47];
  assign gray_o[46] = N80 ^ edge_detect[46];
  assign N80 = binary_i[47] ^ binary_i[46];
  assign gray_o[45] = N81 ^ edge_detect[45];
  assign N81 = binary_i[46] ^ binary_i[45];
  assign gray_o[44] = N82 ^ edge_detect[44];
  assign N82 = binary_i[45] ^ binary_i[44];
  assign gray_o[43] = N83 ^ edge_detect[43];
  assign N83 = binary_i[44] ^ binary_i[43];
  assign gray_o[42] = N84 ^ edge_detect[42];
  assign N84 = binary_i[43] ^ binary_i[42];
  assign gray_o[41] = N85 ^ edge_detect[41];
  assign N85 = binary_i[42] ^ binary_i[41];
  assign gray_o[40] = N86 ^ edge_detect[40];
  assign N86 = binary_i[41] ^ binary_i[40];
  assign gray_o[39] = N87 ^ edge_detect[39];
  assign N87 = binary_i[40] ^ binary_i[39];
  assign gray_o[38] = N88 ^ edge_detect[38];
  assign N88 = binary_i[39] ^ binary_i[38];
  assign gray_o[37] = N89 ^ edge_detect[37];
  assign N89 = binary_i[38] ^ binary_i[37];
  assign gray_o[36] = N90 ^ edge_detect[36];
  assign N90 = binary_i[37] ^ binary_i[36];
  assign gray_o[35] = N91 ^ edge_detect[35];
  assign N91 = binary_i[36] ^ binary_i[35];
  assign gray_o[34] = N92 ^ edge_detect[34];
  assign N92 = binary_i[35] ^ binary_i[34];
  assign gray_o[33] = N93 ^ edge_detect[33];
  assign N93 = binary_i[34] ^ binary_i[33];
  assign gray_o[32] = N94 ^ edge_detect[32];
  assign N94 = binary_i[33] ^ binary_i[32];
  assign gray_o[31] = N95 ^ edge_detect[31];
  assign N95 = binary_i[32] ^ binary_i[31];
  assign gray_o[30] = N96 ^ edge_detect[30];
  assign N96 = binary_i[31] ^ binary_i[30];
  assign gray_o[29] = N97 ^ edge_detect[29];
  assign N97 = binary_i[30] ^ binary_i[29];
  assign gray_o[28] = N98 ^ edge_detect[28];
  assign N98 = binary_i[29] ^ binary_i[28];
  assign gray_o[27] = N99 ^ edge_detect[27];
  assign N99 = binary_i[28] ^ binary_i[27];
  assign gray_o[26] = N100 ^ edge_detect[26];
  assign N100 = binary_i[27] ^ binary_i[26];
  assign gray_o[25] = N101 ^ edge_detect[25];
  assign N101 = binary_i[26] ^ binary_i[25];
  assign gray_o[24] = N102 ^ edge_detect[24];
  assign N102 = binary_i[25] ^ binary_i[24];
  assign gray_o[23] = N103 ^ edge_detect[23];
  assign N103 = binary_i[24] ^ binary_i[23];
  assign gray_o[22] = N104 ^ edge_detect[22];
  assign N104 = binary_i[23] ^ binary_i[22];
  assign gray_o[21] = N105 ^ edge_detect[21];
  assign N105 = binary_i[22] ^ binary_i[21];
  assign gray_o[20] = N106 ^ edge_detect[20];
  assign N106 = binary_i[21] ^ binary_i[20];
  assign gray_o[19] = N107 ^ edge_detect[19];
  assign N107 = binary_i[20] ^ binary_i[19];
  assign gray_o[18] = N108 ^ edge_detect[18];
  assign N108 = binary_i[19] ^ binary_i[18];
  assign gray_o[17] = N109 ^ edge_detect[17];
  assign N109 = binary_i[18] ^ binary_i[17];
  assign gray_o[16] = N110 ^ edge_detect[16];
  assign N110 = binary_i[17] ^ binary_i[16];
  assign gray_o[15] = N111 ^ edge_detect[15];
  assign N111 = binary_i[16] ^ binary_i[15];
  assign gray_o[14] = N112 ^ edge_detect[14];
  assign N112 = binary_i[15] ^ binary_i[14];
  assign gray_o[13] = N113 ^ edge_detect[13];
  assign N113 = binary_i[14] ^ binary_i[13];
  assign gray_o[12] = N114 ^ edge_detect[12];
  assign N114 = binary_i[13] ^ binary_i[12];
  assign gray_o[11] = N115 ^ edge_detect[11];
  assign N115 = binary_i[12] ^ binary_i[11];
  assign gray_o[10] = N116 ^ edge_detect[10];
  assign N116 = binary_i[11] ^ binary_i[10];
  assign gray_o[9] = N117 ^ edge_detect[9];
  assign N117 = binary_i[10] ^ binary_i[9];
  assign gray_o[8] = N118 ^ edge_detect[8];
  assign N118 = binary_i[9] ^ binary_i[8];
  assign gray_o[7] = N119 ^ edge_detect[7];
  assign N119 = binary_i[8] ^ binary_i[7];
  assign gray_o[6] = N120 ^ edge_detect[6];
  assign N120 = binary_i[7] ^ binary_i[6];
  assign gray_o[5] = N121 ^ edge_detect[5];
  assign N121 = binary_i[6] ^ binary_i[5];
  assign gray_o[4] = N122 ^ edge_detect[4];
  assign N122 = binary_i[5] ^ binary_i[4];
  assign gray_o[3] = N123 ^ edge_detect[3];
  assign N123 = binary_i[4] ^ binary_i[3];
  assign gray_o[2] = N124 ^ edge_detect[2];
  assign N124 = binary_i[3] ^ binary_i[2];
  assign gray_o[1] = N125 ^ edge_detect[1];
  assign N125 = binary_i[2] ^ binary_i[1];
  assign gray_o[0] = N126 ^ edge_detect[0];
  assign N126 = binary_i[1] ^ binary_i[0];

endmodule